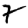
Digit: 7